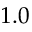
1 . 0